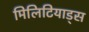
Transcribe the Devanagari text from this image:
मिलिटियाड्स